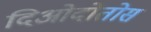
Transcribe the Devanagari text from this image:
दिओदोतोस